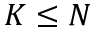
K \le N